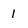
Character: 1